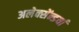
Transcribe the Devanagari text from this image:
अलेक्सेंन्डर्या